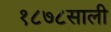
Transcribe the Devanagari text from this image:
१८७८साली